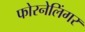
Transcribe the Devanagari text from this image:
फोरनेलिंगर